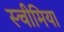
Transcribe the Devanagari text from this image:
स्चीमिया